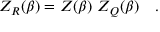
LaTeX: Z _ { R } ( \beta ) = Z ( \beta ) ~ Z _ { Q } ( \beta ) ~ ~ ~ .